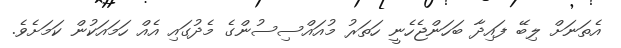
އެތަނަށް ލިބޭ ފައިދާ ބަހަންޖެހެނީ ހަތަރު މުއައްސިސުންގެ މެދުގައި އެއް ހަމައަކުން ކަމަށެވެ.